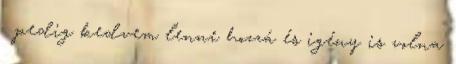
. pedig kedvem lenne hozzá és igény is volna